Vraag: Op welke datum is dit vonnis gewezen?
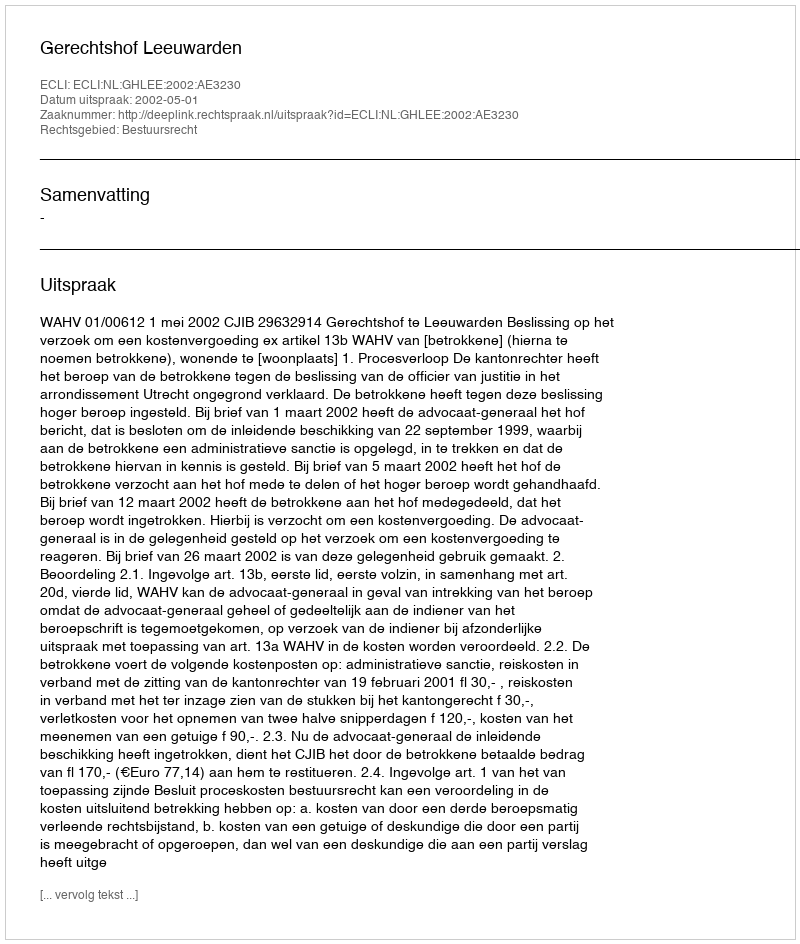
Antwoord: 2002-05-01